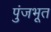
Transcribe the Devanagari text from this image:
पुंजभूत